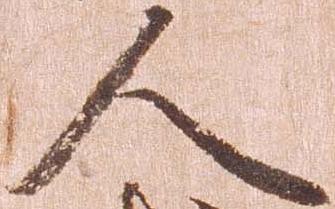
人